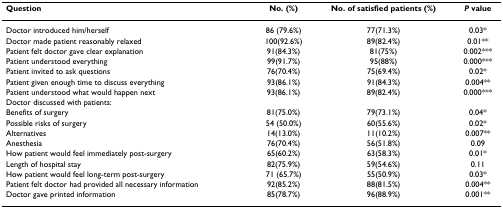
<table><thead><tr><td><b>Question</b></td><td><b>No. (%)</b></td><td><b>No. of satisfied patients (%)</b></td><td><b><i>P </i>value</b></td></tr></thead><tbody><tr><td>Doctor introduced him/herself</td><td>86 (79.6%)</td><td>77(71.3%)</td><td>0.03*</td></tr><tr><td>Doctor made patient reasonably relaxed</td><td>100(92.6%)</td><td>89(82.4%)</td><td>0.01**</td></tr><tr><td>Patient felt doctor gave clear explanation</td><td>91(84.3%)</td><td>81(75%)</td><td>0.002***</td></tr><tr><td>Patient understood everything</td><td>99(91.7%)</td><td>95(88%)</td><td>0.000***</td></tr><tr><td>Patient invited to ask questions</td><td>76(70.4%)</td><td>75(69.4%)</td><td>0.02*</td></tr><tr><td>Patient given enough time to discuss everything</td><td>93(86.1%)</td><td>91(84.3%)</td><td>0.004**</td></tr><tr><td>Patient understood what would happen next</td><td>93(86.1%)</td><td>89(82.4%)</td><td>0.000***</td></tr><tr><td>Doctor discussed with patients:</td><td></td><td></td><td></td></tr><tr><td>Benefits of surgery</td><td>81(75.0%)</td><td>79(73.1%)</td><td>0.04*</td></tr><tr><td>Possible risks of surgery</td><td>54 (50.0%)</td><td>60(55.6%)</td><td>0.02*</td></tr><tr><td>Alternatives</td><td>14(13.0%)</td><td>11(10.2%)</td><td>0.007**</td></tr><tr><td>Anesthesia</td><td>76(70.4%)</td><td>56(51.8%)</td><td>0.09</td></tr><tr><td>How patient would feel immediately post-surgery</td><td>65(60.2%)</td><td>63(58.3%)</td><td>0.01*</td></tr><tr><td>Length of hospital stay</td><td>82(75.9%)</td><td>59(54.6%)</td><td>0.11</td></tr><tr><td>How patient would feel long-term post-surgery</td><td>71 (65.7%)</td><td>55(50.9%)</td><td>0.03*</td></tr><tr><td>Patient felt doctor had provided all necessary information</td><td>92(85.2%)</td><td>88(81.5%)</td><td>0.004**</td></tr><tr><td>Doctor gave printed information</td><td>85(78.7%)</td><td>96(88.9%)</td><td>0.001**</td></tr></tbody></table>